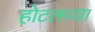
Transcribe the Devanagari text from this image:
होटलच्या